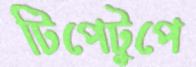
টিপেটুপে